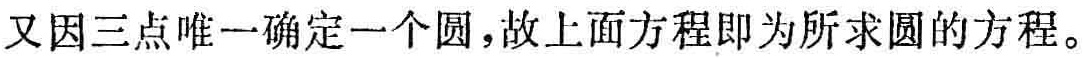
又因三点唯一确定一个圆，故上面方程即为所求圆的方程。